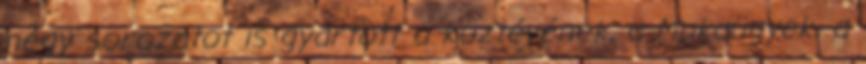
négy sorozatot is gyártott a köztévének, a Mukaügyek, a